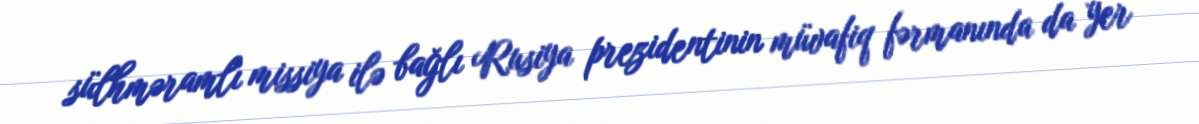
sülhməramlı missiya ilə bağlı Rusiya prezidentinin müvafiq fərmanında da yer